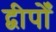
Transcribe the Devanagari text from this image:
द्वीपोँ